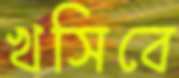
খসিবে